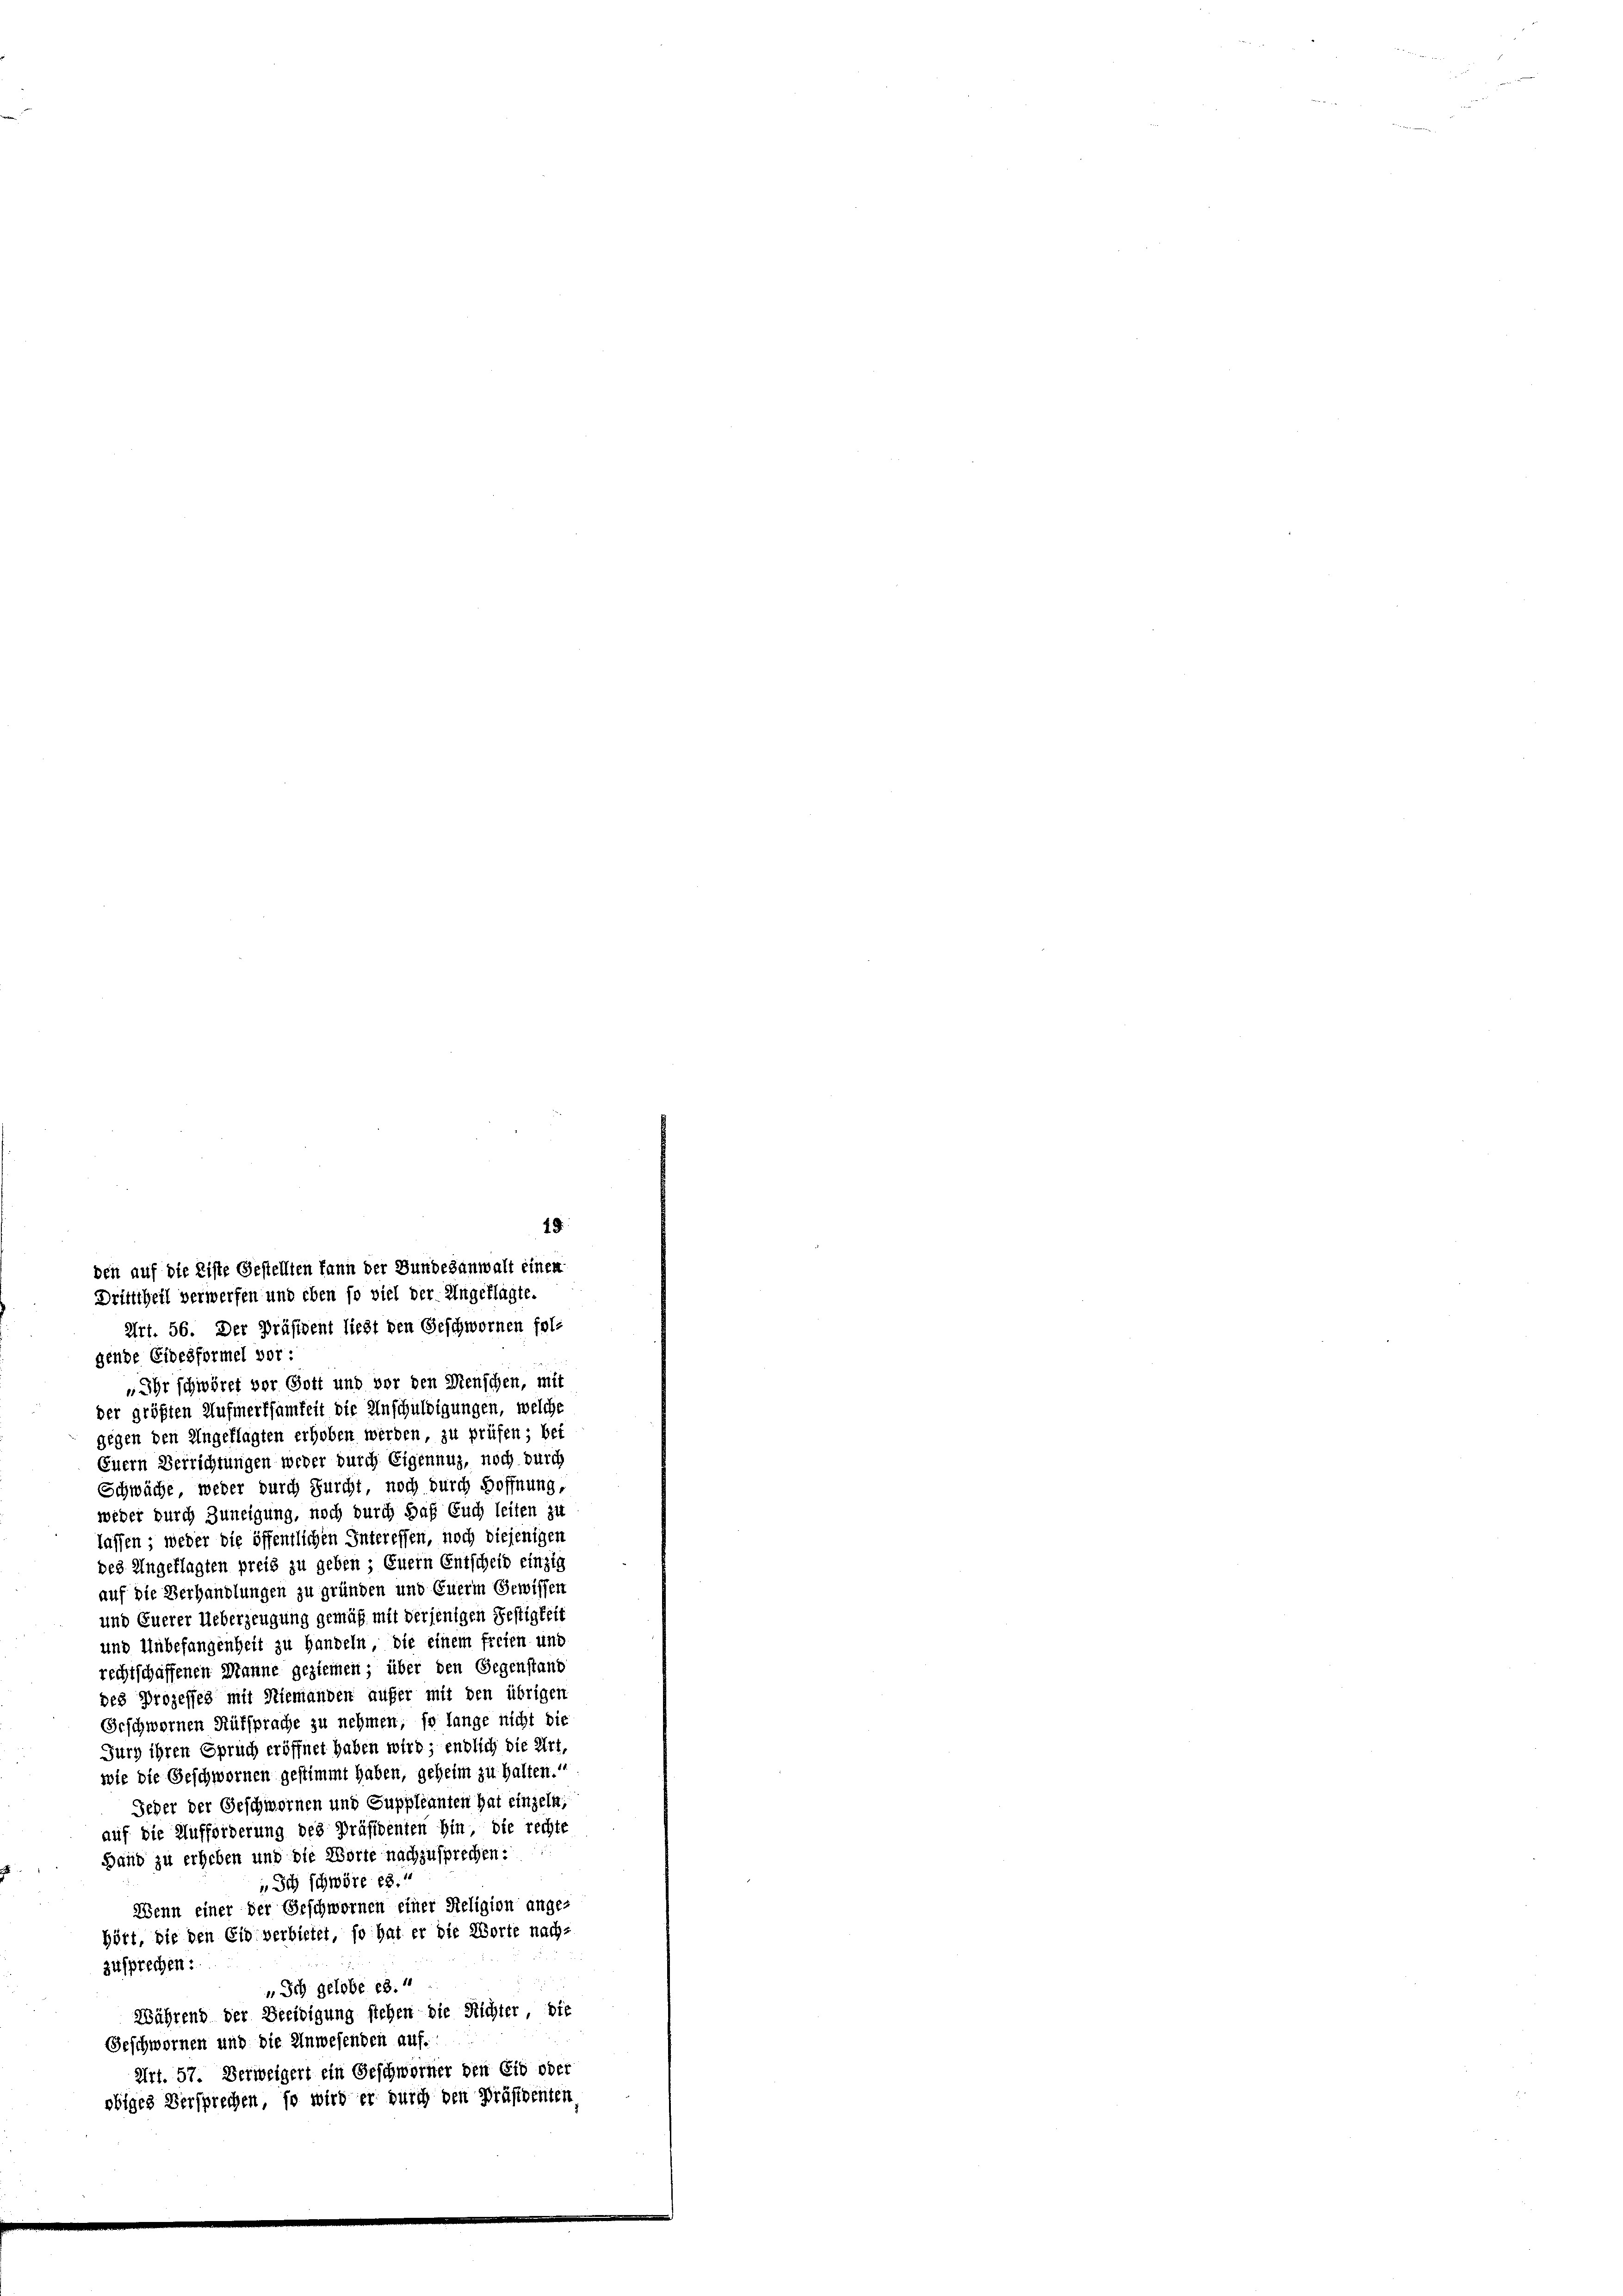
19
den auf die Liste Gestellten kann der Bundesanwalt einen
Dritttheil verwerfen und eben so viel der Angeklagte.
Art. 56. Der Präsident liebt den Geschwornen folgende Eidesformel vor:

„Ihr schwöret vor Gott und vor den Menschen, mit
der größten Aufmerksamkeit die Anschuldigungen, welche
gegen den Angeklagten erhoben werden, zu prüfen; bei
Enern Verrichtungen weder durch Eigenang, noch durch
Schwäche weder durch Furcht noch durch Hoffnung,
weder durch Zuneigung, noch durch daß Euch leiten zu
lassen; weder die öffentlichen Interessen, noch diejenigen
des Angeklagten preis zu geben; Euern Entscheid einzig
auf die Verhandlungen zu gründen und Euerm Gewissen
und Euerer Ueberzeugung gemäß mit derjenigen Festigkeit
und Unbefangenheit zu Handeln, die einem freien und
rechtschaffenen Manne geziemen; über den Gegenstand
des Prozesses mit Niemanden aufer mit den übrigen
Geschwernen Rütsprache zu nehmen, so lange nicht die
Turg ihren Spruch eröffnet haben wird; endlich die Art,
wie die Geschwornen gestimmt haben, geheim zu halten.
Jeder der Geschwornen und Suppleanten hat einzeln:
auf die Aufforderung des Präsidenten hin, die rechte
Hand zu erheben und die Worte nachzusprechen:
 Ich schwöre es.
Wenn einer der Geschwornen einer Religion ange-
hört, die den Eid verbietet, so hat er die Worte nach-
zusprechen:
 Ich gelobe es.4
Während der Beeidigung stehen die Richter die
Geschwornen und die Anwesenden auf.
Art. 57. Verweigert ein Geschworner den Eid oder
obiges Versprechen, so wird er durch den Präsidenten